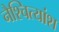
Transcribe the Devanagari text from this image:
नैश्चित्यांश